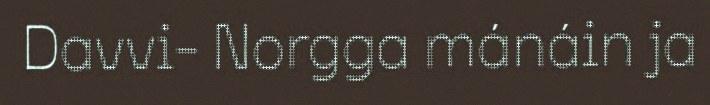
Davvi- Norgga mánáin ja